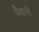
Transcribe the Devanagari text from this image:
मैथानी